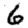
Digit: 6